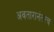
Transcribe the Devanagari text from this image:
अवतारानंतरच